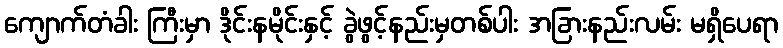
ကျောက်တံခါး ကြီးမှာ ဒိုင်းနမိုင်းနှင့် ခွဲဖွင့်နည်းမှတစ်ပါး အခြားနည်းလမ်း မရှိပေရာ